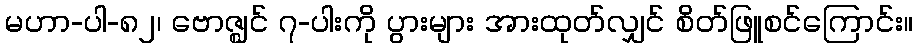
မဟာ-ပါ-၈၂၊ ဗောဇ္ဈင် ၇-ပါးကို ပွားများ အားထုတ်လျှင် စိတ်ဖြူစင်ကြောင်း။